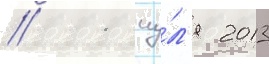
// 11 иу́л'я 2013